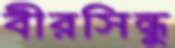
বীরসিন্ধু